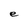
Character: e